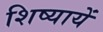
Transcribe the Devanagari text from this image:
शिष्यायें